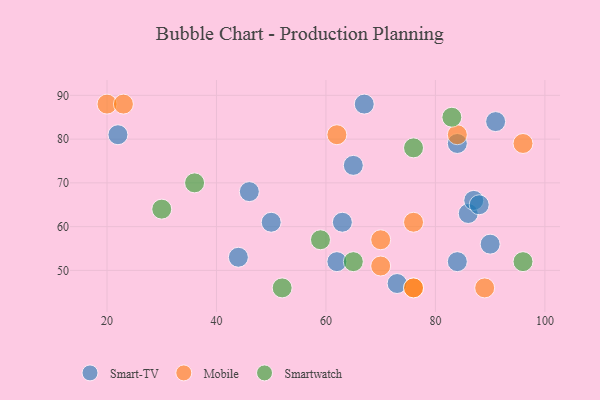
{"axis": {"x": "GDP", "y": "Life Expectancy"}, "legend": ["Mobile", "Smart-TV", "Smartwatch"], "data": [{"x": "73", "y": 47, "type": "Smart-TV"}, {"x": "46", "y": 68, "type": "Smart-TV"}, {"x": "22", "y": 81, "type": "Smart-TV"}, {"x": "67", "y": 88, "type": "Smart-TV"}, {"x": "50", "y": 61, "type": "Smart-TV"}, {"x": "84", "y": 52, "type": "Smart-TV"}, {"x": "84", "y": 79, "type": "Smart-TV"}, {"x": "90", "y": 56, "type": "Smart-TV"}, {"x": "62", "y": 52, "type": "Smart-TV"}, {"x": "86", "y": 63, "type": "Smart-TV"}, {"x": "44", "y": 53, "type": "Smart-TV"}, {"x": "87", "y": 66, "type": "Smart-TV"}, {"x": "88", "y": 65, "type": "Smart-TV"}, {"x": "63", "y": 61, "type": "Smart-TV"}, {"x": "91", "y": 84, "type": "Smart-TV"}, {"x": "65", "y": 74, "type": "Smart-TV"}, {"x": "76", "y": 61, "type": "Mobile"}, {"x": "89", "y": 46, "type": "Mobile"}, {"x": "70", "y": 51, "type": "Mobile"}, {"x": "84", "y": 81, "type": "Mobile"}, {"x": "70", "y": 57, "type": "Mobile"}, {"x": "76", "y": 46, "type": "Mobile"}, {"x": "76", "y": 46, "type": "Mobile"}, {"x": "96", "y": 79, "type": "Mobile"}, {"x": "20", "y": 88, "type": "Mobile"}, {"x": "23", "y": 88, "type": "Mobile"}, {"x": "62", "y": 81, "type": "Mobile"}, {"x": "30", "y": 64, "type": "Smartwatch"}, {"x": "83", "y": 85, "type": "Smartwatch"}, {"x": "96", "y": 52, "type": "Smartwatch"}, {"x": "36", "y": 70, "type": "Smartwatch"}, {"x": "59", "y": 57, "type": "Smartwatch"}, {"x": "76", "y": 78, "type": "Smartwatch"}, {"x": "65", "y": 52, "type": "Smartwatch"}, {"x": "52", "y": 46, "type": "Smartwatch"}]}